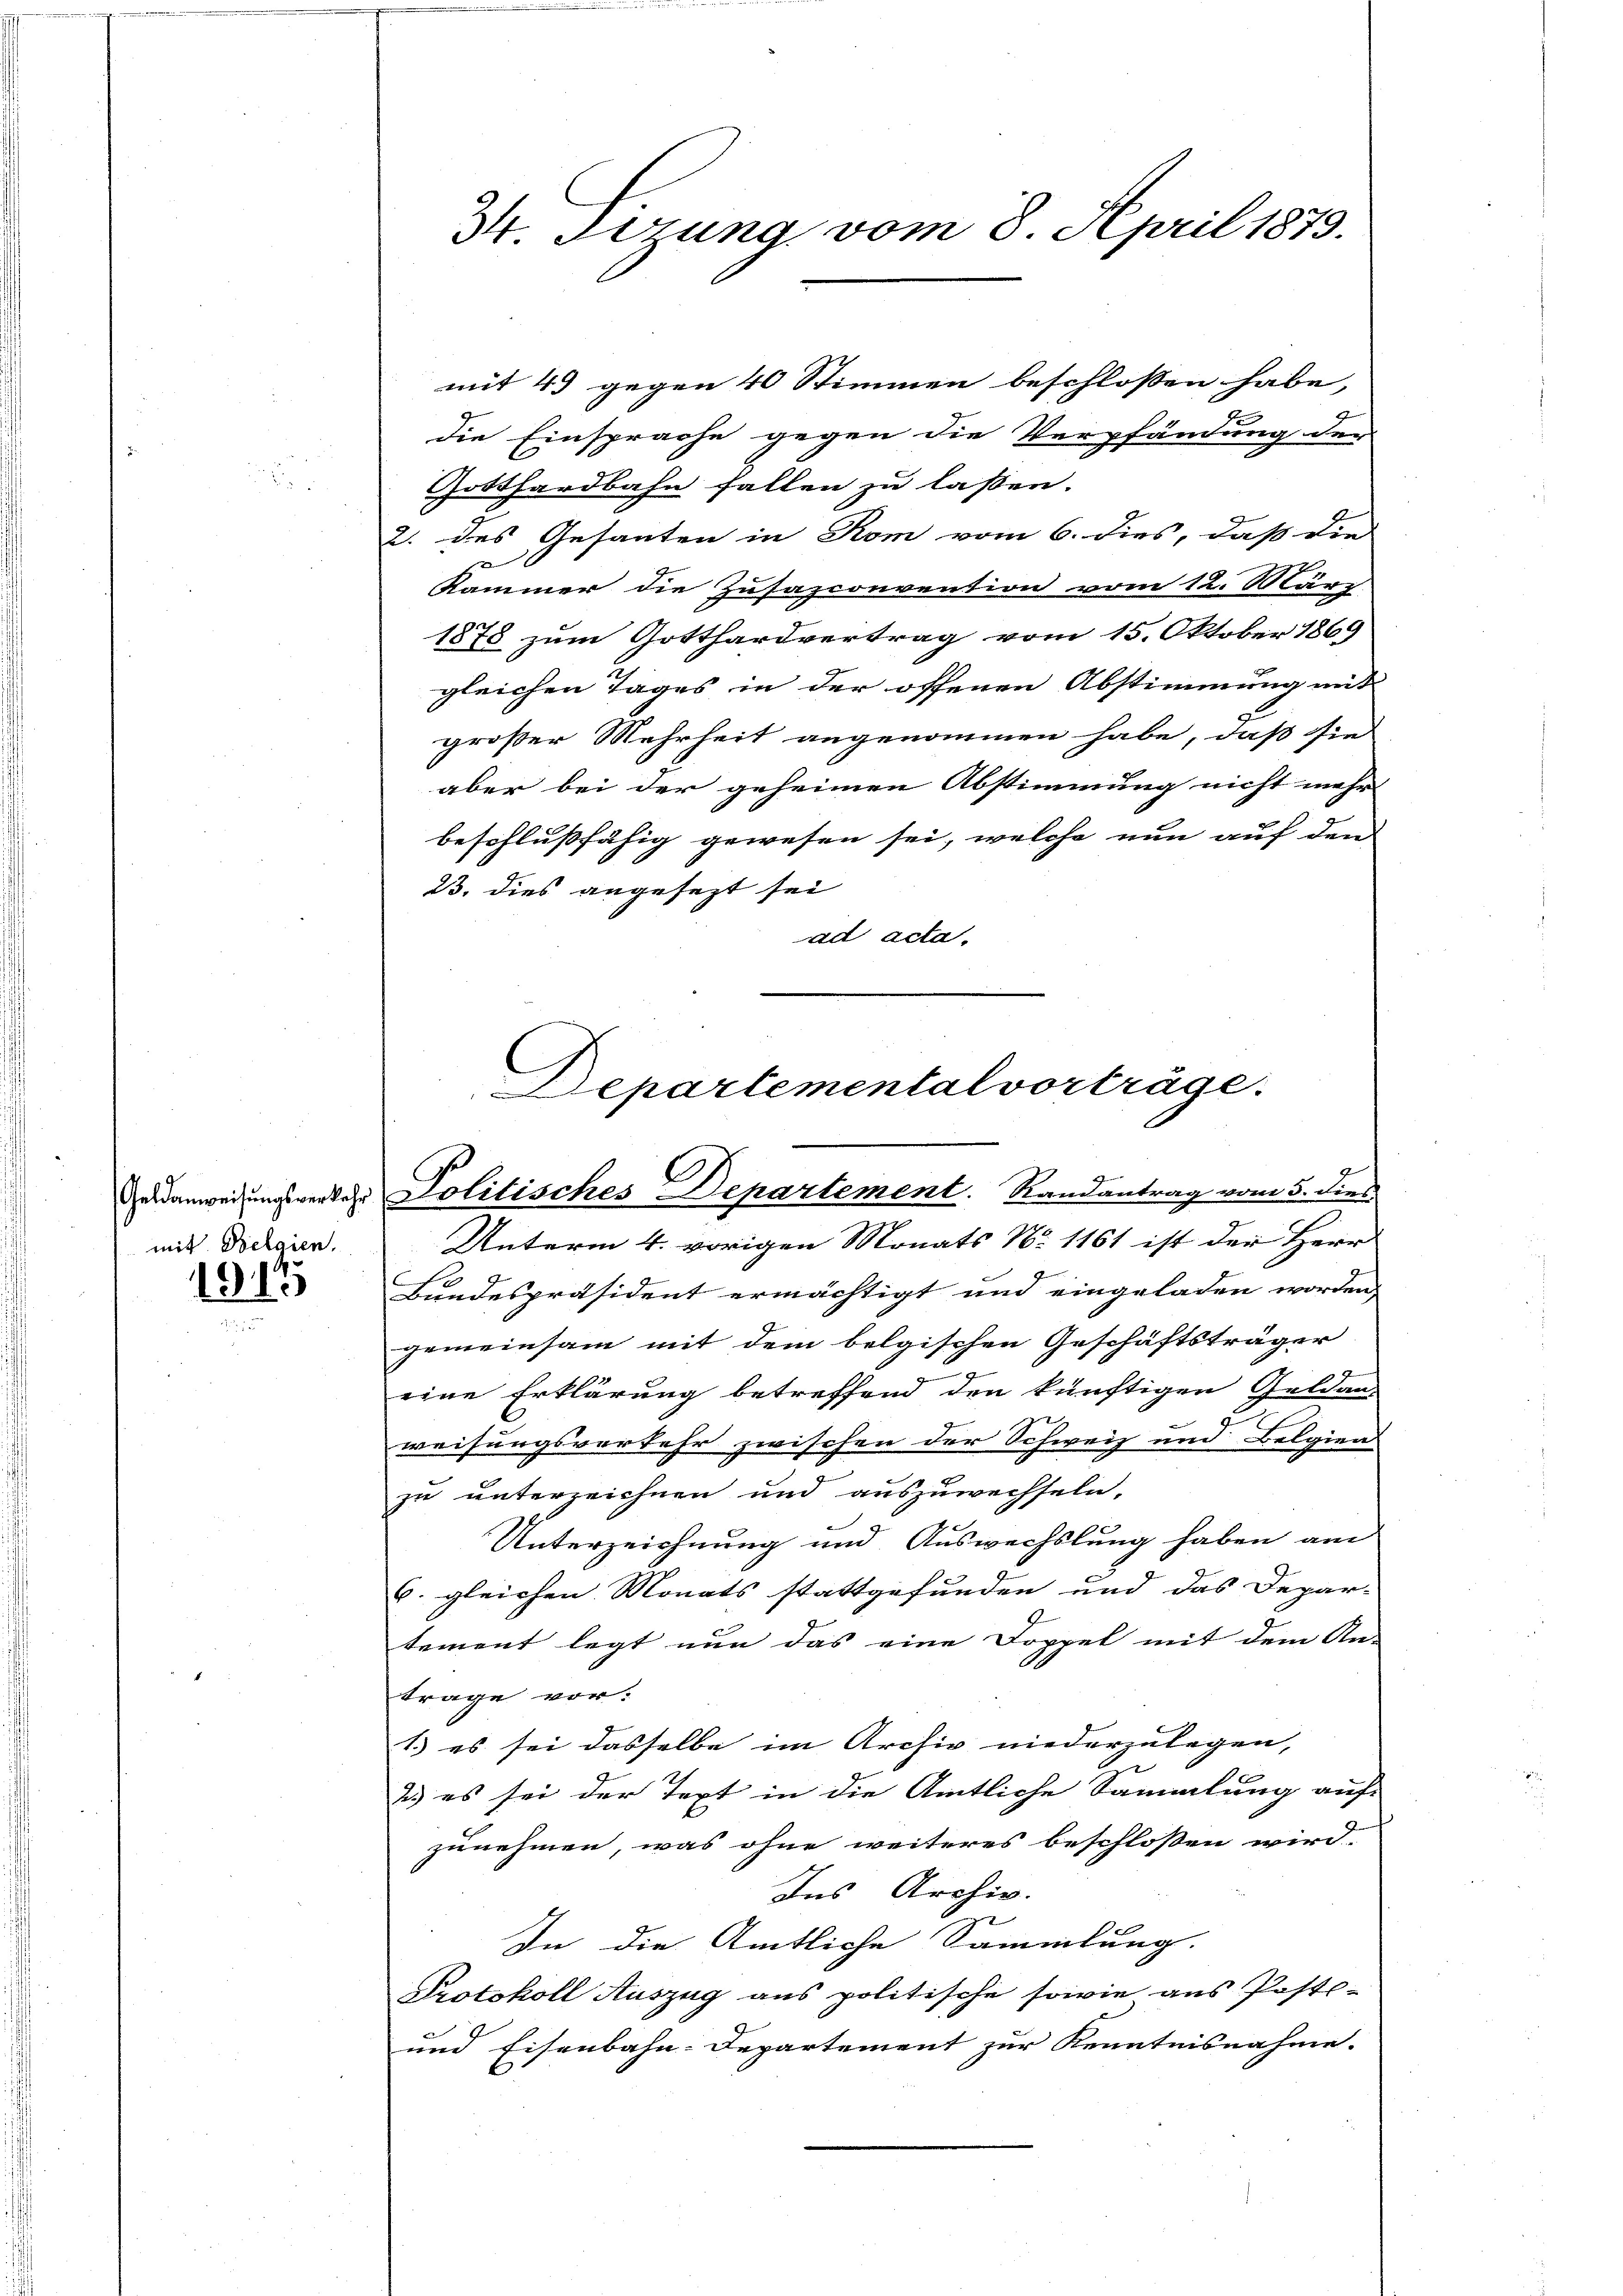
mit Belaien.

1915

die Einsprache gegen die Verpfändung der
Gotthardbahn fallen zu lassen.
2. des Gesanten in Rom vom 6. dies, daß die
f
Kammer die Zusazconvention vom 12. März
1878 zum Gotthardvertrag vom 15. Oktober 1869
gleichen Tages in der offenen Abstimmung mit
großer Mehrheit angenommen habe, daß sie
aber bei der geheimen Abstimmung nicht mehr
beschlußfähig gewesen sei, welche nun auf den
23. dies angesezt sei
ad acta.

34. Sizung vom 8. April 1873.

mit 4 gegen 40 Stimmen beschlossen habe,

Departemental vorträge.
Geidanweisungsverkehr Politisches Departement. Randantrag vom 5. dies

Unterm 4. vorigen Monats No 1161 ist der Herr
Bundespräsident ermächtigt und eingeladen worden,
gemeinsam mit dem belgischen Geschäftsträger
9
eine Erklärung betreffend den künftigen Geldan-
weisungsverkehr zwischen der Schweiz und Belgien
zu unterzeichnen und auszuwechseln.
Unterzeichnung und Auswechslung haben am
6. gleichen Monats stattgefunden und das Depar-
tement legt nun das eine Doppel mit dem An-
trage vor.
1) es sei dasselbe im Archiv niederzulegen,
2) es sei der Text in die Amtliche Sammlung auf
zunehmen, was ohne weiteres beschlossen wird.
Ins Archiv.
z
In die Amtliche Sammlung. |
Protokoll Auszug aus politische sowie aus Post-
und Eisenbahn-Departement zur Kenntnisnahme. |